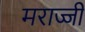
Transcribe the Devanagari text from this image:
मराज्जी